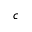
c